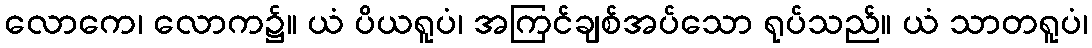
လောကေ၊ လောက၌။ ယံ ပိယရူပံ၊ အကြင်ချစ်အပ်သော ရုပ်သည်။ ယံ သာတရူပံ၊